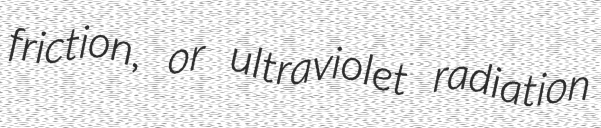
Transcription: friction, or ultraviolet radiation